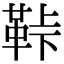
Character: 鞐